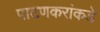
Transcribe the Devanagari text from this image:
पाटणकरांकडे